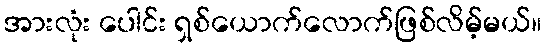
အားလုံး ပေါင်း ရှစ်ယောက်လောက်ဖြစ်လိမ့်မယ်။